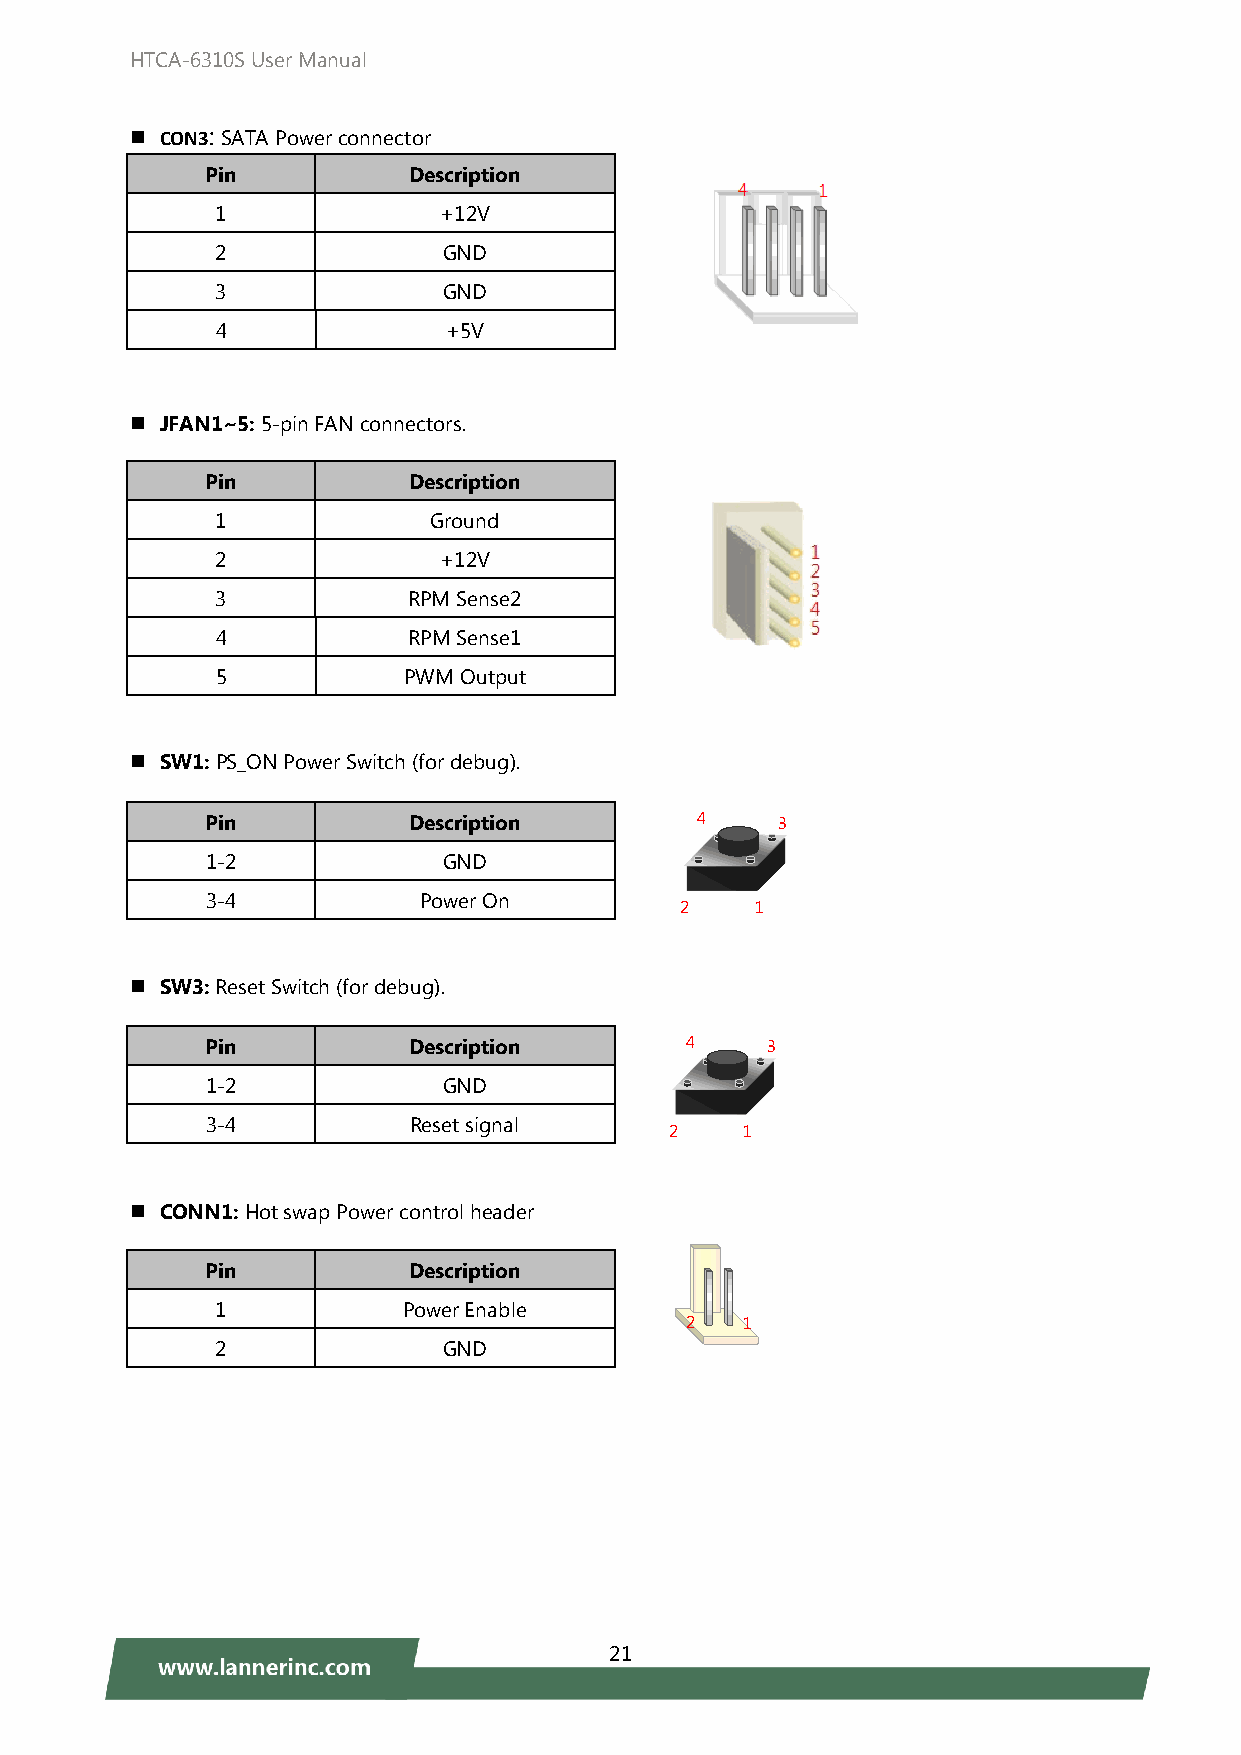
HTCA-6310S User Manual
  CON3: SATA Power connector
 Pin          Description
 1              +12V
 2              GND
 3              GND
 4              +5V
  JFAN1~5: 5-pin FAN connectors.
 Pin          Description
 1             Ground
 2              +12V
 3            RPM Sense2
 4            RPM Sense1
 5            PWM Output
  SW1: PS_ON Power Switch (for debug).
 Pin          Description        4    3
 1-2            GND
 3-4           Power On
 2    1
  SW3: Reset Switch (for debug).
 Pin          Description       4     3
 1-2            GND
 3-4          Reset signal
 2    1
  CONN1: Hot swap Power control header
 Pin          Description
 1            Power Enable
 2   1
 2              GND
 21